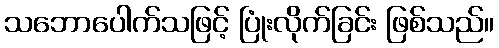
သဘောပေါက်သဖြင့် ပြုံးလိုက်ခြင်း ဖြစ်သည်။